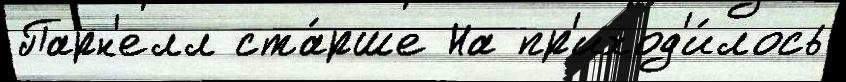
Парн'елл ста́рше На пр'иход'и́лось